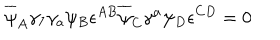
LaTeX: \overline { { { \psi } } } _ { A } \gamma _ { 7 } \gamma _ { a } \psi _ { B } \epsilon ^ { A B } \overline { { { \psi } } } _ { C } \gamma ^ { a } \psi _ { D } \epsilon ^ { C D } = 0